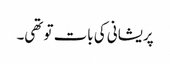
پریشانی کی بات تو تھی۔